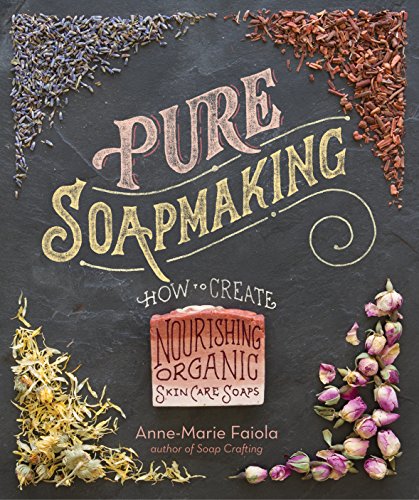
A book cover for Pure Soapmaking: How to Create Nourishing, Natural Skin Care Soaps; Anne-Marie Faiola; Crafts, Hobbies & Home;